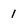
Character: 1